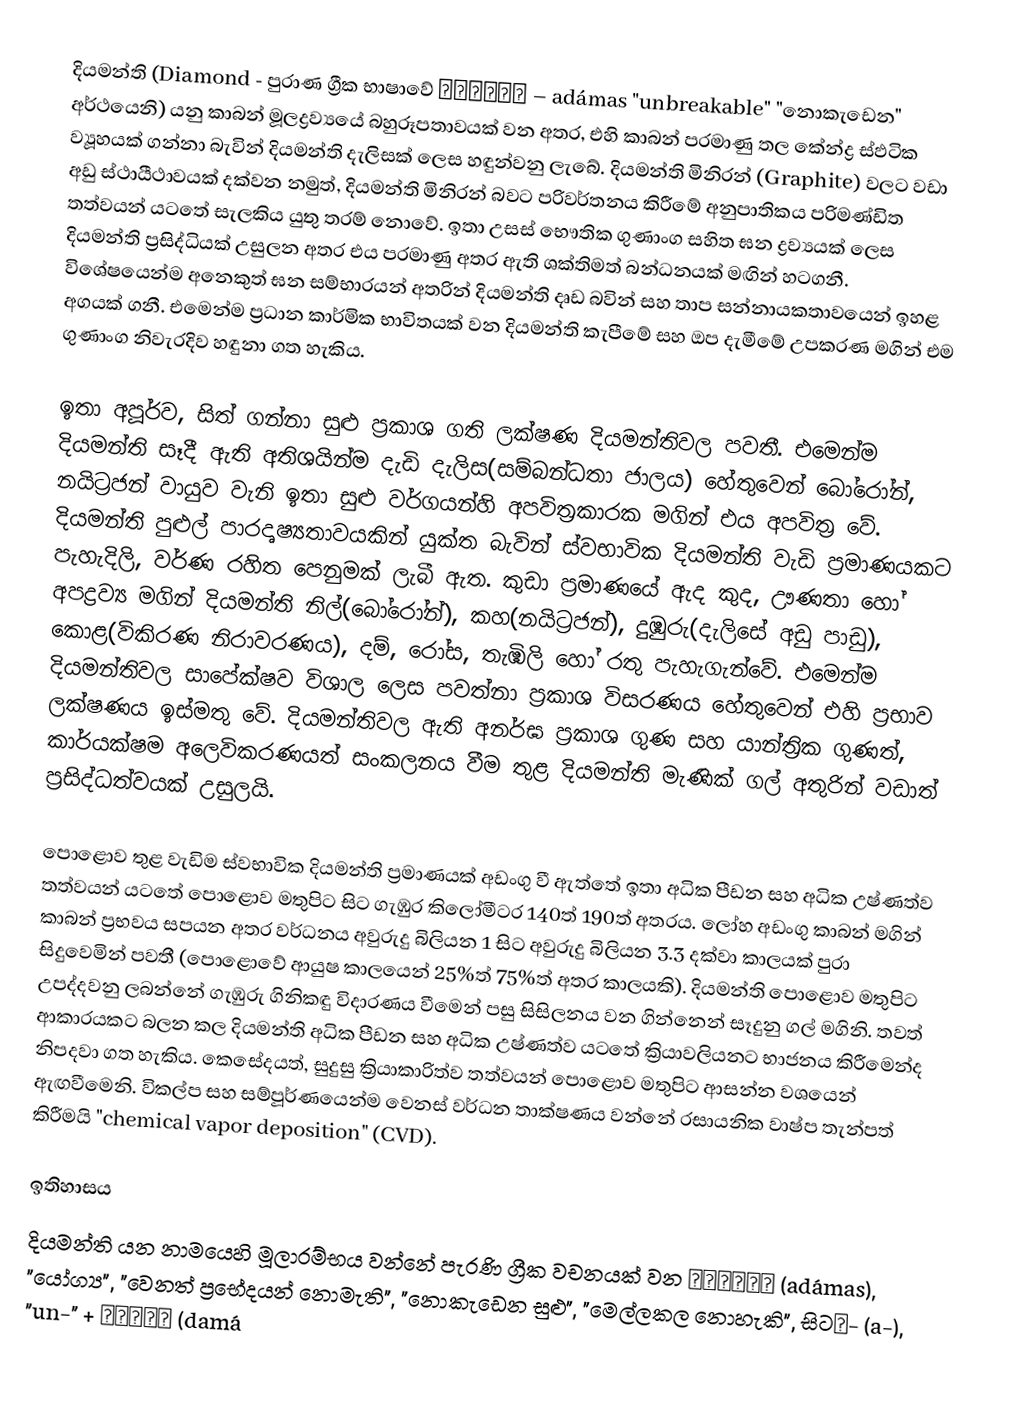
දියමන්ති (Diamond - පුරාණ ග්‍රීක භාෂාවේ αδάμας – adámas "unbreakable" "නොකැඩෙන" අර්ථයෙනි) යනු කාබන් මූලද්‍රව්‍යයේ බහුරූපතාවයක් වන අතර, එහි කාබන් පරමාණු තල කේන්ද්‍ර ස්ඵටික ව්‍යූහයක් ගන්නා බැවින් දියමන්ති දැලිසක් ලෙස හඳුන්වනු ලැබේ. දියමන්ති මිනිරන් (Graphite) වලට වඩා අඩු ස්ථායීථාවයක් දක්වන නමුත්, දියමන්ති මිනිරන් බවට පරිවර්තනය කිරීමේ අනුපාතිකය පරිමණ්ඩිත තත්වයන් යටතේ සැලකිය යුතු තරම් නොවේ. ඉතා උසස් භෞතික ගුණාංග සහිත ඝන ද්‍රව්‍යයක් ලෙස දියමන්ති ප්‍රසිද්ධියක් උසුලන අතර එය පරමාණු අතර ඇති ශක්තිමත් බන්ධනයක් මඟින් හටගනී. විශේෂයෙන්ම අනෙකුත් ඝන සම්භාරයන් අතරින් දියමන්ති දෘඩ බවින් සහ තාප සන්නායකතාවයෙන් ඉහළ අගයක් ගනී. එමෙන්ම ප්‍රධාන කාර්මික භාවිතයක් වන දියමන්ති කැපීමේ සහ ඔප දැමීමේ උපකරණ මගින් එම ගුණාංග නිවැරදිව හඳුනා ගත හැකිය.

ඉතා අපූර්ව, සිත් ගන්නා සුළු ප්‍රකාශ ගති ලක්ෂණ දියමන්තිවල පවතී. එමෙන්ම දියමන්ති සෑදී ඇති අතිශයින්ම දැඩි දැලිස(සම්බන්ධතා ජාලය) හේතුවෙන් බෝරෝන්, නයිට්‍රජන් වායුව වැනි ඉතා සුළු වර්ගයන්හි අපවිත්‍රකාරක මගින් එය අපවිත්‍ර වේ. දියමන්ති පුළුල් පාරදෘෂ්‍යතාවයකින් යුක්ත බැවින් ස්වභාවික දියමන්ති වැඩි ප්‍රමාණයකට පැහැදිලි, වර්ණ රහිත පෙනුමක් ලැබී ඇත. කුඩා ප්‍රමාණයේ ඇද කුද, ඌණතා හෝ අපද්‍රව්‍ය මගින් දියමන්ති නිල්(බෝරෝන්), කහ(නයිට්‍රජන්), දුඹුරු(දැලිසේ අඩු පාඩු), කොළ(විකිරණ නිරාවරණය), දම්, රෝස, තැඹිලි හෝ රතු පැහැගැන්වේ. එමෙන්ම දියමන්තිවල සාපේක්ෂව විශාල ලෙස පවත්නා ප්‍රකාශ විසරණය හේතුවෙන් එහි ප්‍රභාව ලක්ෂණය ඉස්මතු වේ. දියමන්තිවල ඇති අනර්ඝ ප්‍රකාශ ගුණ සහ යාන්ත්‍රික ගුණත්, කාර්යක්ෂම අලෙවිකරණයත් සංකලනය වීම තුළ දියමන්ති මැණික් ගල් අතුරින් වඩාත් ප්‍රසිද්ධත්වයක් උසුලයි.

පොළොව තුළ වැඩිම ස්වභාවික දියමන්ති  ප්‍රමාණයක් අඩංගු වී ඇත්තේ ඉතා අධික පීඩන සහ අධික උෂ්ණත්ව තත්වයන් යටතේ පොළොව මතුපිට සිට ගැඹුර කිලෝමීටර 140ත් 190ත් අතරය. ලෝහ අඩංගු කාබන් මගින් කාබන් ප්‍රභවය සපයන අතර වර්ධනය අවුරුදු බිලියන 1 සිට අවුරුදු බිලියන 3.3 දක්වා කාලයක් පුරා සිදුවෙමින් පවතී (පොළොවේ ආයුෂ කාලයෙන් 25%ත් 75%ත් අතර කාලයකි). දියමන්ති පොළොව මතුපිට උපද්දවනු ලබන්නේ ගැඹුරු ගිනිකඳු විදාරණය වීමෙන් පසු සිසිලනය වන ගින්නෙන් සෑදුනු ගල් මගිනි. තවත් ආකාරයකට බලන කල දියමන්ති අධික පීඩන සහ අධික උෂ්ණත්ව යටතේ ක්‍රියාවලියනට භාජනය කිරීමෙන්ද නිපදවා ගත හැකිය. කෙසේදයත්, සුදුසු ක්‍රියාකාරිත්ව තත්වයන් පොළොව මතුපිට ආසන්න වශයෙන් ඇඟවීමෙනි. විකල්ප සහ සම්පූර්ණයෙන්ම වෙනස් වර්ධන තාක්ෂණය වන්නේ රසායනික වාෂ්ප තැන්පත් කිරීමයි "chemical vapor deposition" (CVD).

ඉතිහාසය
දියමන්ති යන නාමයෙහි මූලාරම්භය වන්නේ පැරණි ග්‍රීක වචනයක් වන αδάμας (adámas), "යෝග්‍ය", "වෙනත් ප්‍රභේදයන් නොමැති", "නොකැඩෙන සුළු", "මෙල්ලකල නොහැකි", සිටἀ- (a-), "un-" + δαμάω (damá